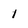
Character: 1